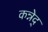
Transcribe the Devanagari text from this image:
कन्नेद्